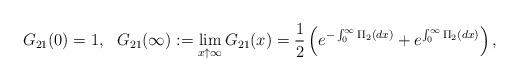
LaTeX: \begin{align*}G_{21}(0)=1, \ \ G_{21}(\infty):=\lim_{x \uparrow \infty}G_{21}(x)=\frac{1}{2}\left(e^{-\int_{0}^{\infty}\Pi_2(dx)}+e^{\int_{0}^{\infty}\Pi_2(dx)}\right),\end{align*}